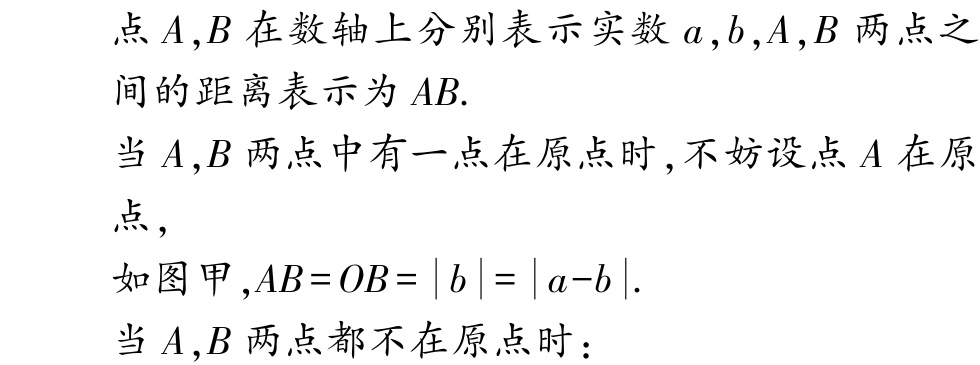
点\(A,B\)在数轴上分别表示实数\(a,b,A,B\)两点之间的距离表示为\(AB\).

当\(A,B\)两点中有一点在原点时,不妨设点\(A\)在原点,

如图甲,\(AB = OB=\vert b\vert=\vert a - b\vert\).

当\(A,B\)两点都不在原点时：